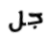
جل